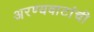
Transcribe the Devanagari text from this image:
अरण्यवाटांची